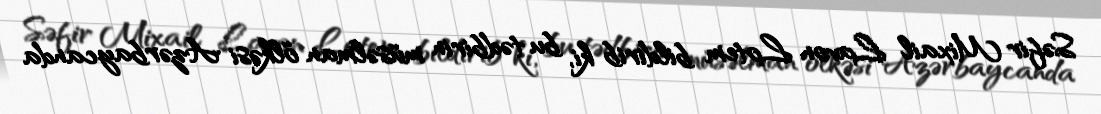
Səfir Mixail Lavon Lotem bildirib ki, bu tədbirin müsəlman ölkəsi Azərbaycanda